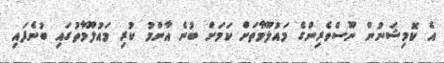
އެ ކޮމިޝަނުން ނޫސްވެރިންގެ މައުލޫމާތަށް ކަމަށް ބުނެ އާންމު ކުރި މައުލޫމާތުގައި ބުނެފައި